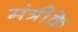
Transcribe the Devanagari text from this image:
मंत्रीके